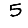
Digit: 5